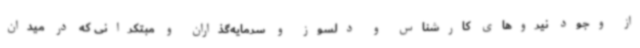
از وجود نیروهای کارشناس و دلسوز و سرمایه‌گذاران و مبتکرانی که در میدان